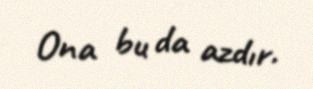
Ona bu da azdır.